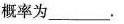
概率为---。